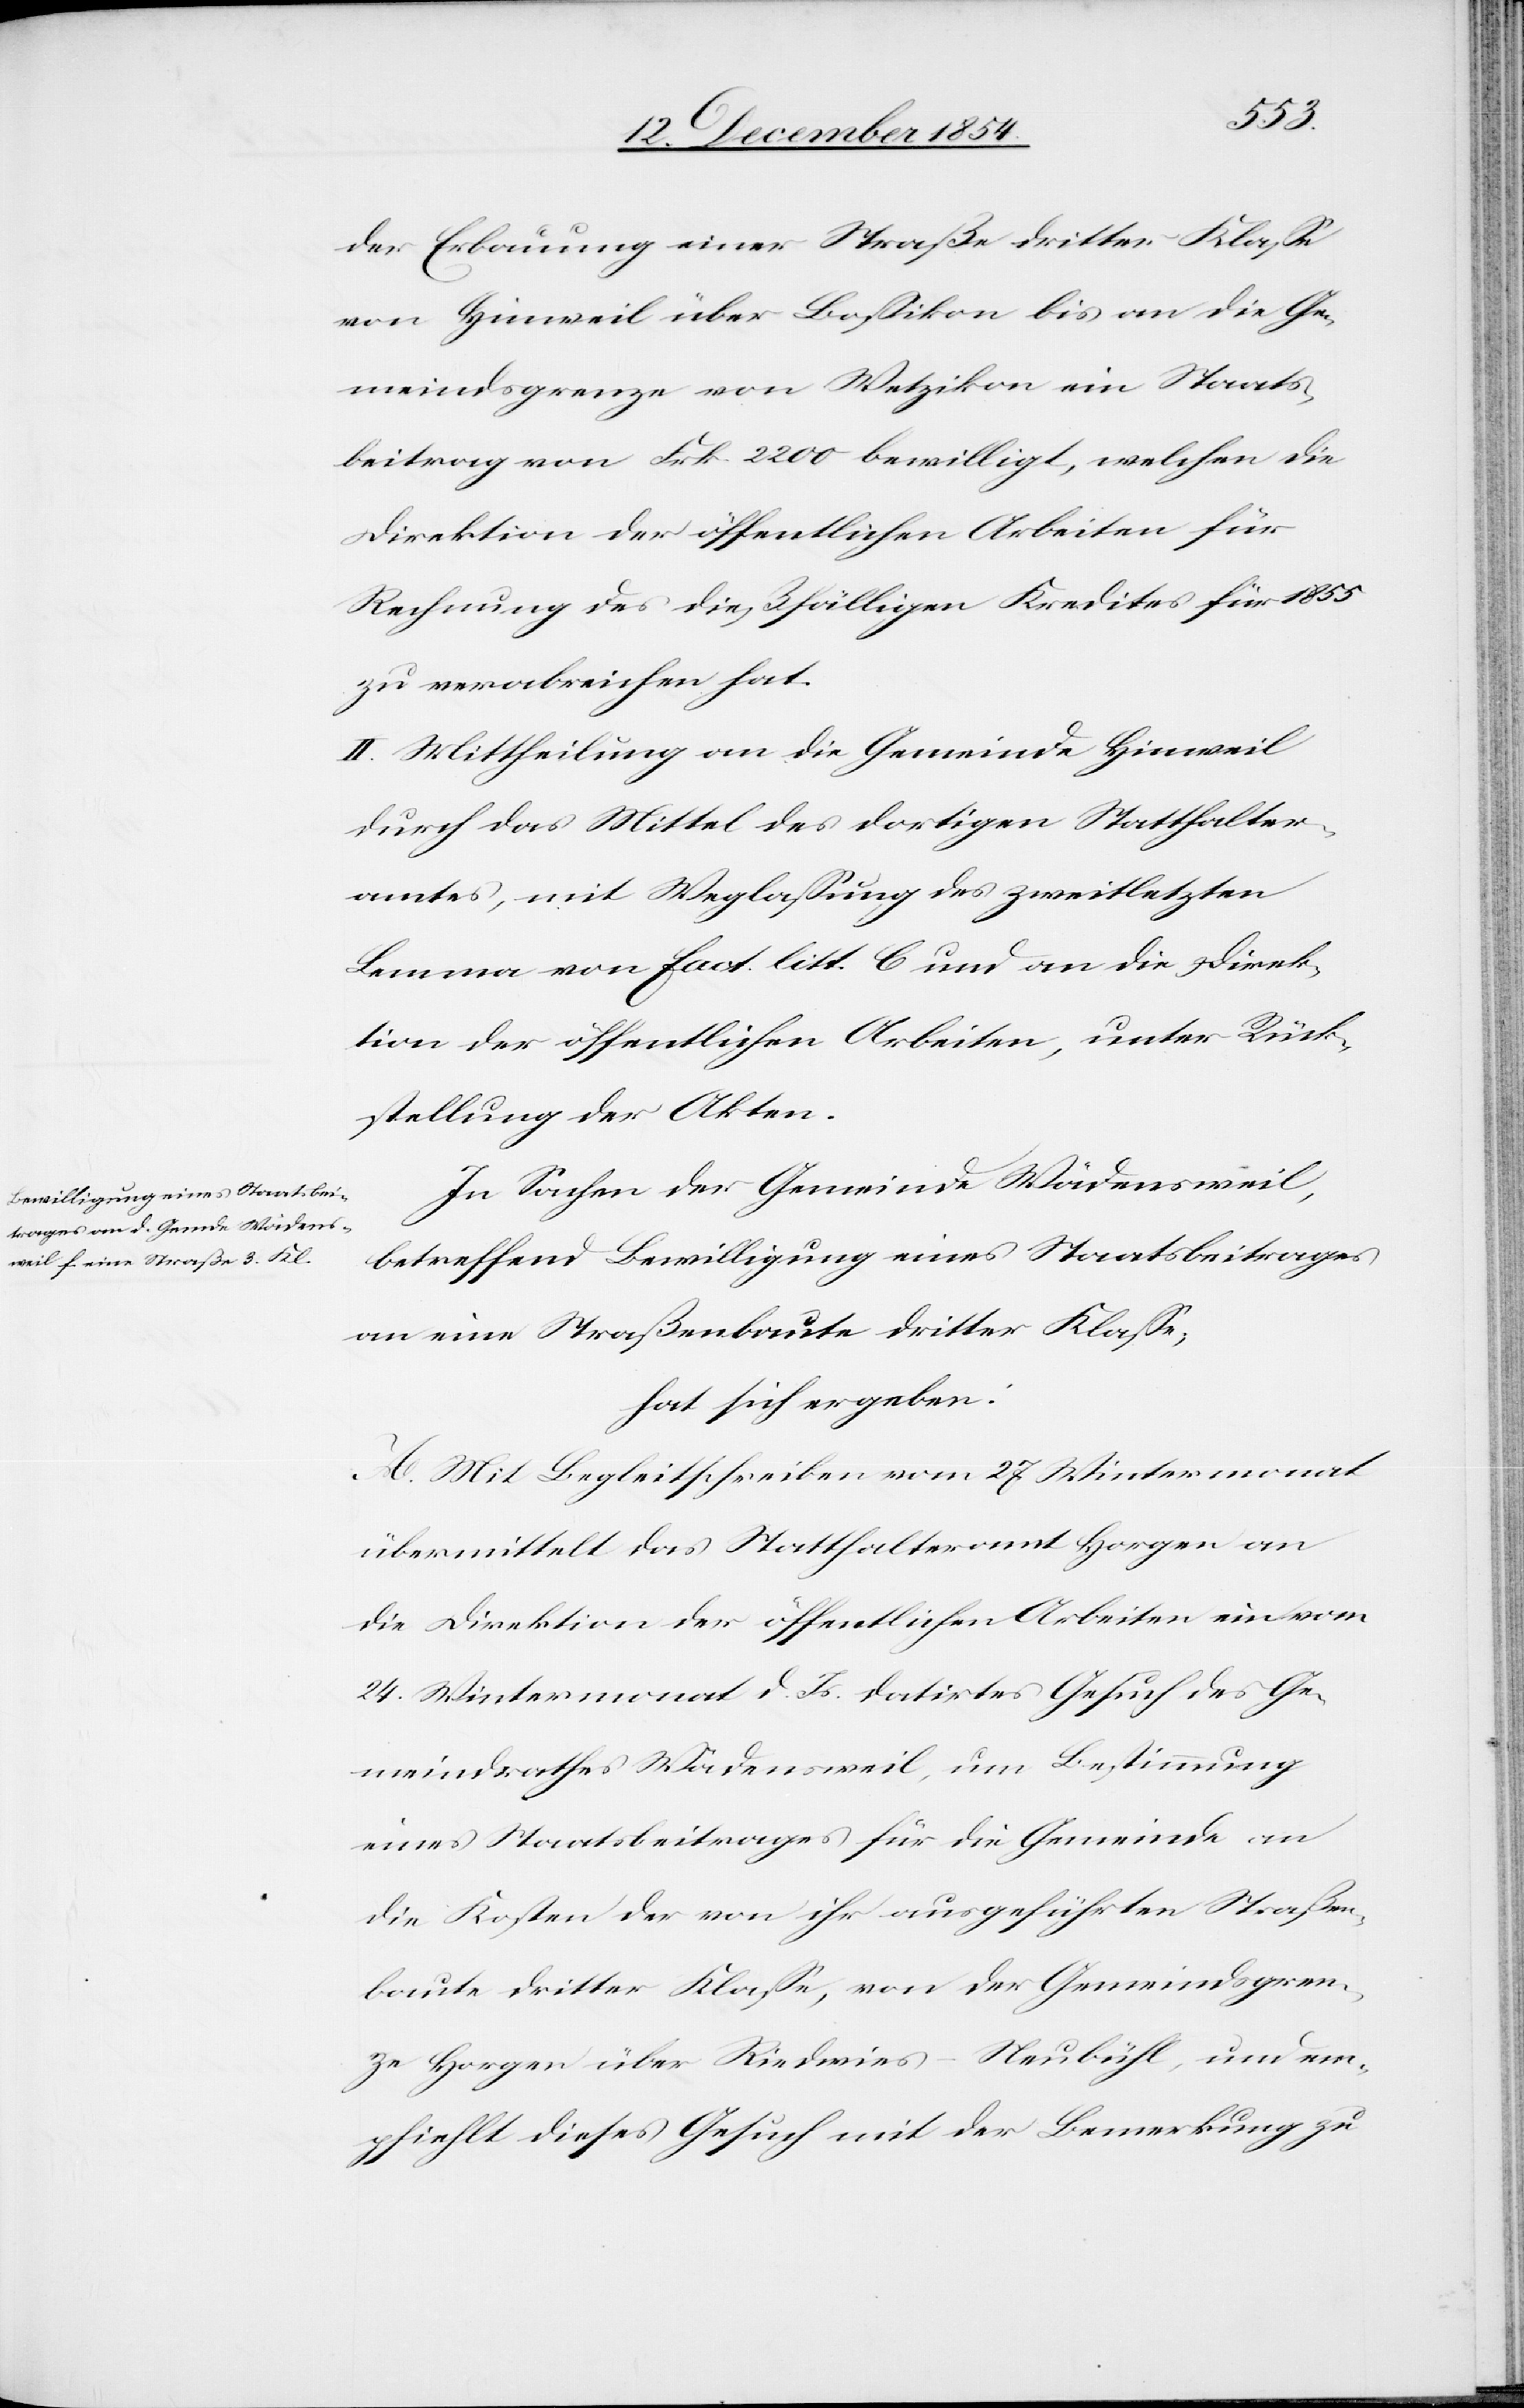
der Erbauung einer Straße dritter Klaße
von Hinweil über Boßikon bis an die Ge¬
meindsgrenze von Wetzikon ein Staats¬
beitrag von Frk. 2200 bewilligt, welchen die
Direktion der öffentlichen Arbeiten für
Rechnung des dießfälligen Kredites für 1855
zu verabreichen hat.
II. Mittheilung an die Gemeinde Hinweil
durch das Mittel des dortigen Statthalter¬
amtes, mit Weglaßung des zweitletzten
Lemma von fact. litt. C und an die Direk¬
tion der öffentlichen Arbeiten, unter Rück¬
stellung der Akten.
In Sachen der Gemeinde Wädenswil,
betreffend Bewilligung eines Staatsbeitrages
an eine Straßenbaute dritter Klaße;
hat sich ergeben:
A. Mit Begleitschreiben vom 27. Wintermonat
übermittelt das Statthalteramt Horgen an
die Direktion der öffentlichen Arbeiten ein vom
24. Wintermonat d. Js. datirtes Gesuch des Ge¬
meindrathes Wädensweil, um Bestimmung
eines Staatsbeitrages für die Gemeinde an
die Kosten der von ihr ausgeführten Straßen¬
baute dritter Klaße, von der Gemeindsgren¬
ze Horgen über Riedwies-Neubühl, und em¬
pfiehlt dieses Gesuch mit der Bemerkung zu